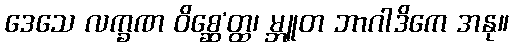
ဒေသေ လက္ခဏ ဝိစ္ဆေ’တ္ထ၊ မ္ဘူတ ဘာဂါဒိကေ အနု။